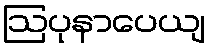
ဩပုနာပေယျ